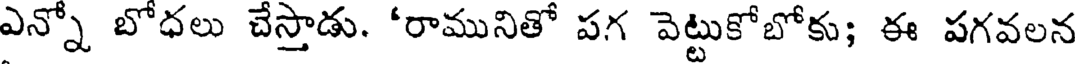
ఎన్నో బోధలు చేస్తాడు. 'రామునితో పగ వెట్టుకోబోకు; ఈ పగవలన